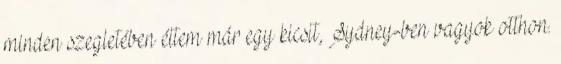
minden szegletében éltem már egy kicsit, Sydney-ben vagyok otthon.